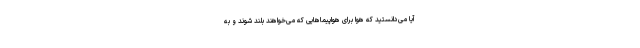
آیا می‌دانستید که هوا برای هواپیماهایی که می‌خواهند بلند شوند و به